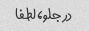
در جلو، لطفا